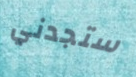
ستجدني